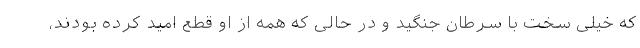
که خیلی سخت با سرطان جنگید و در حالی که همه از او قطع امید کرده بودند،